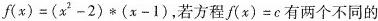
$$f ( x ) = ( x ^ { 2 } - 2 ) \ast ( x - 1 )$$ ，若方程 $$f ( x ) = c$$ 有两个不同的